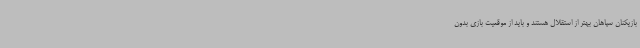
بازیکنان سپاهان بهتر از استقلال هستند و باید از موقعیت بازی بدون